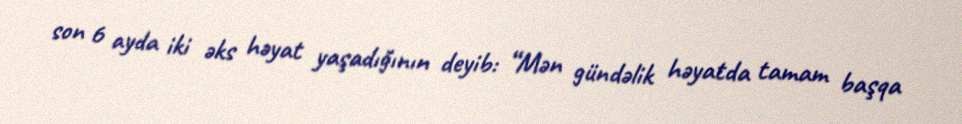
son 6 ayda iki əks həyat yaşadığının deyib: “Mən gündəlik həyatda tamam başqa